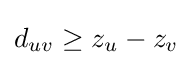
d_{uv}\geq z_{u}-z_{v}